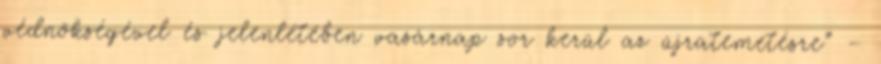
védnökségével és jelenlétében vasárnap sor kerül az újratemetésre” –